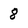
Character: 8